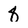
Character: 8